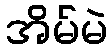
အိမ်မဲ